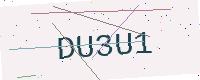
Text: DU3U1